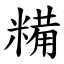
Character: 糒